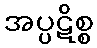
အပ္ပဋိစ္စ